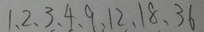
1 、 2 、 3 、 4 、 9 、 1 2 、 1 8 、 3 6